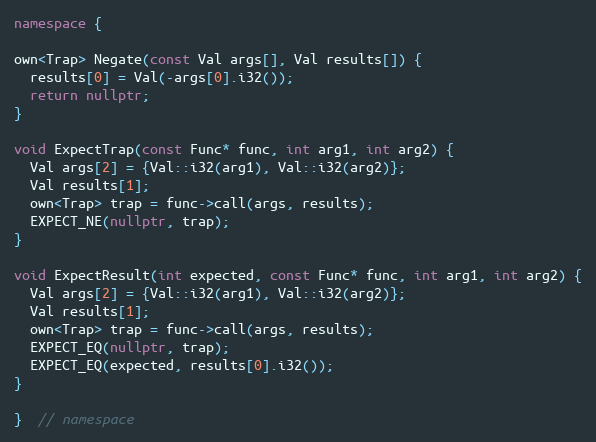
Language: C++
namespace {

own<Trap> Negate(const Val args[], Val results[]) {
  results[0] = Val(-args[0].i32());
  return nullptr;
}

void ExpectTrap(const Func* func, int arg1, int arg2) {
  Val args[2] = {Val::i32(arg1), Val::i32(arg2)};
  Val results[1];
  own<Trap> trap = func->call(args, results);
  EXPECT_NE(nullptr, trap);
}

void ExpectResult(int expected, const Func* func, int arg1, int arg2) {
  Val args[2] = {Val::i32(arg1), Val::i32(arg2)};
  Val results[1];
  own<Trap> trap = func->call(args, results);
  EXPECT_EQ(nullptr, trap);
  EXPECT_EQ(expected, results[0].i32());
}

}  // namespace